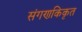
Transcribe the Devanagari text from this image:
संगणकिकृत